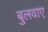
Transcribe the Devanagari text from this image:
बुलवाए